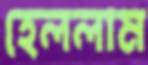
হেললাম